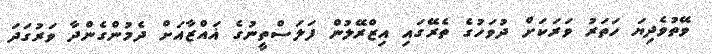
ވޭތުވެދިޔަ ހަތަރު ވަރަކަށް ދުވަހުގެ ތެރޭގައި އިޒްރޭލުން ފަލަސްތީނުގެ ޣައްޒާއަށް ދެމުންގެންދާ ވަރުގަދަ